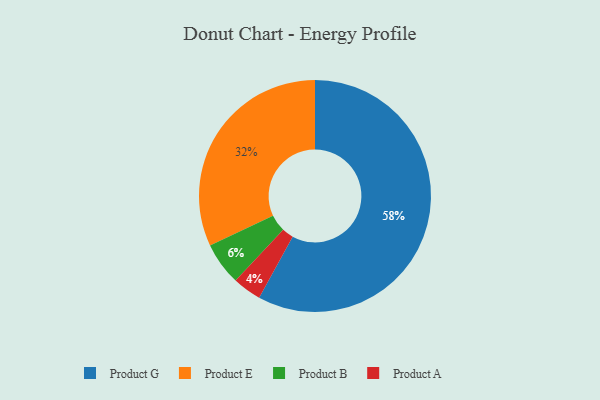
{"axis": {"x": "Category", "y": "Percentage"}, "legend": ["Product A", "Product B", "Product E", "Product G"], "data": [{"x": "Product G", "y": 58, "type": "Product G"}, {"x": "Product B", "y": 6, "type": "Product B"}, {"x": "Product E", "y": 32, "type": "Product E"}, {"x": "Product A", "y": 4, "type": "Product A"}]}